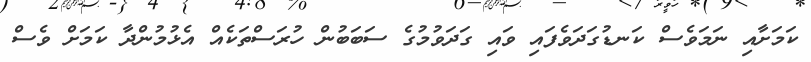
ކަމަށާއި ނަމަވެސް ކަނޑުގަދަވެފައި ވައި ގަދަވުމުގެ ސަބަބުން ހުރަސްތަކެއް އެޅުމުންދާ ކަމަށް ވެސް